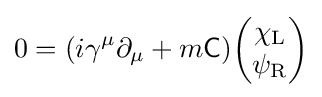
0=(i\gamma ^{\mu }\partial _{\mu }+m{\mathsf {C}}){\begin{pmatrix}\chi _{\rm {L}}\\\psi _{\rm {R}}\end{pmatrix}}